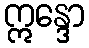
ဣန္ဒော